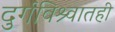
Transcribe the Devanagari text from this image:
दुर्गविश्र्वातही